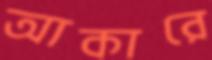
আকারে